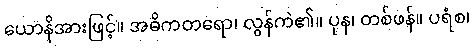
ယောနိအားဖြင့်။ အဓိကတရော၊ လွန်ကဲ၏။ ပုန၊ တစ်ဖန်။ ပရံစ၊